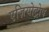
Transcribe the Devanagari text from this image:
एज़ियोट्रोप